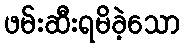
ဖမ်းဆီးရမိခဲ့သော